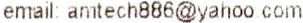
EMAIL: AMTECH886@YAHOO.COM